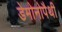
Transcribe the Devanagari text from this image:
डेमोनोपैथी